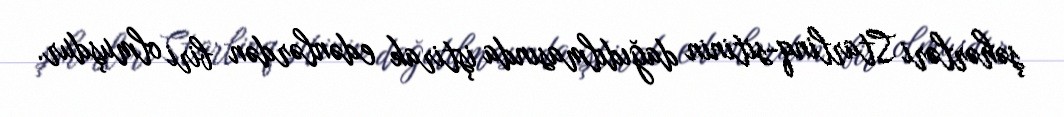
şəhərləri Starlinq-sitinin dağıdılmasında iştirak edənlərdən biri olmuşdur.